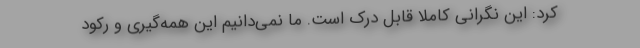
کرد: این نگرانی کاملا قابل درک است. ما نمی‌دانیم این همه‌گیری و رکود